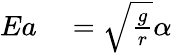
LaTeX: \begin{array}{rl}{Ea}&{{}=\sqrt{\frac{g}{r}}\alpha}\end{array}